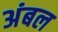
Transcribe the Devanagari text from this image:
अंबल